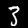
Label: 3